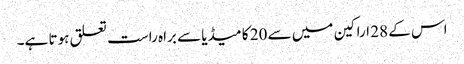
اس کے 28 اراکین میں سے 20 کا میڈیا سے براہ راست تعلق ہوتا ہے۔